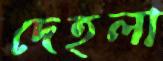
দেহলা